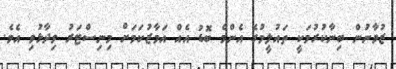
ޒުވާނުން ބިނާކުރުމަކީ ތައުލީމުގެ އެންމެ ބޮޑު އެއް އަމާޒުކަމަށް މިނިސްޓަރު ވިދާޅުވި އެވެ.